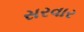
સરવાર